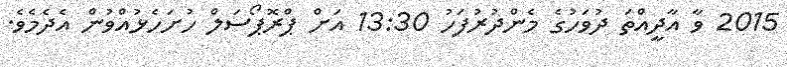
2015 ވާ އާދީއްތަ ދުވަހުގެ މެންދުރުފަހު 13:30 އަށް ޕްރޮޕޯސަލް ހުށަހެޅުއްވުން އެދެމެވެ.